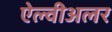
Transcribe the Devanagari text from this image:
ऐल्वीअलर